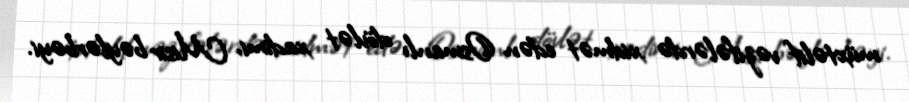
müxtəlif vəzifələrdə xidmət edən Osmanlı dövlət xadimi, Misir bəylərbəyi.